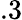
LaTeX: .3